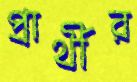
প্রার্থীর